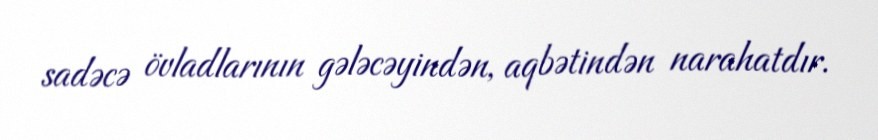
sadəcə övladlarının gələcəyindən, aqbətindən narahatdır.